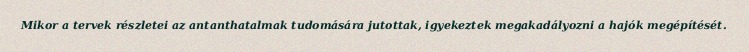
Mikor a tervek részletei az antanthatalmak tudomására jutottak, igyekeztek megakadályozni a hajók megépítését.